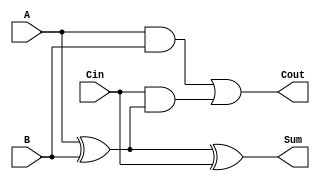
module FullAdder (
    input wire A,
    input wire B,
    input wire Cin,
    output wire Sum,
    output wire Cout
);
    assign Sum = A ^ B ^ Cin; // Sum = A  B  Cin
    assign Cout = (A & B) | (Cin & (A ^ B)); // Carry = (A AND B) OR (Cin AND (A  B))
endmodule